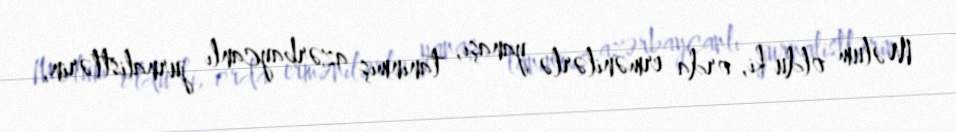
Məlum oldu ki, orda ermənilərlə yanaşı, tanınmış azərbaycanlı jurnalistlərin,